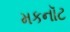
મકનૉટ